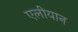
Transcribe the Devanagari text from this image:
एलीयान